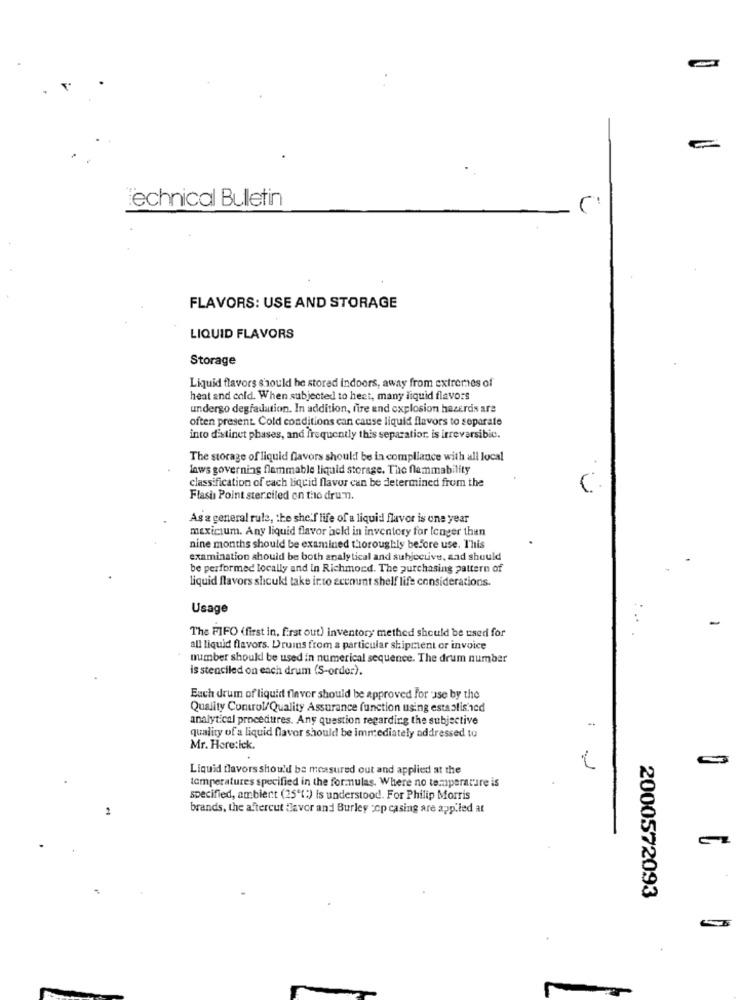
technical Bulletin
FLAVORS: USE AND STORAGE
LIQUID FLAVORS
Storage
Liquid flavors should be stored indoors, away from extremes of
heat and cold. When subjected to heet, many liquid flavors
undergo degradation. In addition, fire and explosion hazers are
often present. Cold conditions can cause liquid flavors to separate
into distinct phases, and frequently this separatior is irreversibic.
The storage of liquid flavors should be in compliance with all local
laws governing flammable liquid storage. The flammability
classification of each liquid flavor can be determined from the
Flash Point ster ciled on the drumm.
As a general rule, the she'f life of a liquid flavor is one year
mexicium. Any liquid flavor acld in inventory for lenger then
nine months should be examined thoroughly before use. This
examination should be both analytical and subjective, sad should
be performed locally and in Richmond. The purchasing pattern of
liquid flavors should take into account shelf life considerations.
Usage
The FIFO (first in, first out) inventory methed should be used for
all liquid flavors. Drums from a particular shipment or invoice
number should be used in numerical sequence. The drum number
is stenciled on each drum (S-order).
Euch drum of liquid flavor should be approved for use by the
Quality Control/Quality Assurance function using established
analytical procedures. Any question regarding the subjective
-
quality of a liquid flavor should be immediately addressed to
Mr. Here:ick.
Liquid flavors should be measured out and applied at the
temperatures specified in the for.nulas. Where no temperature is
specified, ambient (25'(*) is understood. For Philip Morris
2
brands, the aftercut favor and Burley cop casing are app.led at
2000572093